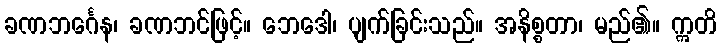
ခဏဘင်္ဂေန၊ ခဏဘင်ဖြင့်။ ဘေဒေါ၊ ပျက်ခြင်းသည်။ အနိစ္စတာ၊ မည်၏။ ဣတိ